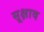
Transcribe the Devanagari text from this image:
सूक्षाव